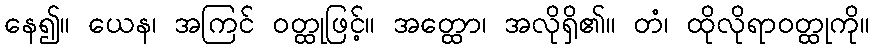
နေ၍။ ယေန၊ အကြင် ဝတ္ထုဖြင့်။ အတ္ထော၊ အလိုရှိ၏။ တံ၊ ထိုလိုရာဝတ္ထုကို။